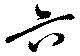
六